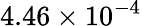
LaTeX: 4.46\times 10^{-4}